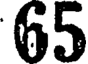
65